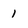
Character: 1